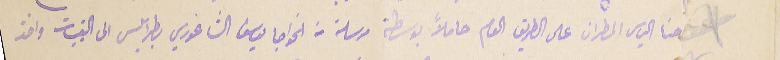
حنا الياس المطران على الطريق العام حاملاً بوسطة مرسلة من الخواجا يوسَف الشاغوري بطربلس الى القبيات واخذ